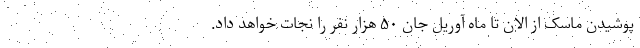
پوشیدن ماسک از الان تا ماه آوریل جان ۵۰ هزار نفر را نجات خواهد داد.